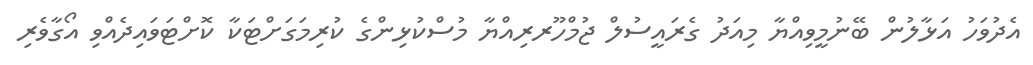
އެދުވަހު އަޅާލުން ބޭނުމީވިއްޔާ މިއަދު ގެރައީސުލް ޖުމްހޫރރިއްޔާ މުސްކުޅިންގެ ކުރިމަގަށްޓަކާ ކޮށްޓަވައިދެއްވި އޯގާވެރި